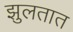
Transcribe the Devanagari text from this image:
झुलतात